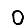
Digit: 0